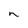
Character: n